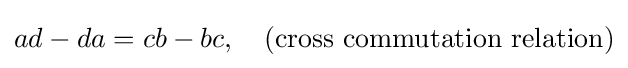
ad-da=cb-bc,~~~{\text{(cross commutation relation)}}